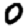
Digit: 0